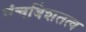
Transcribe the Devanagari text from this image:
पंचविंशतत्व